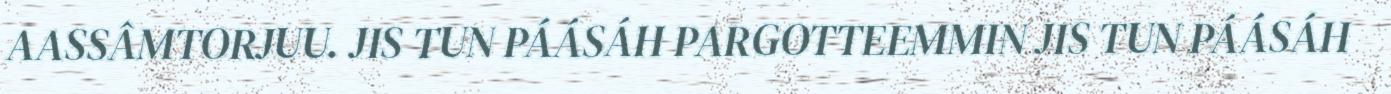
AASSÂMTORJUU. JIS TUN PÁÁSÁH PARGOTTEEMMIN JIS TUN PÁÁSÁH